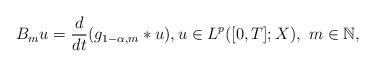
LaTeX: \begin{align*}B_{m}u = \frac{d}{dt}(g_{1-\alpha,m}*u), u\in L^{p}([0,T];X),\,\,m\in\mathbb{N},\end{align*}